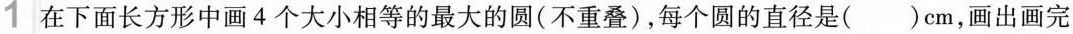
1 在下面长方形中画4个大小相等的最大的圆(不重叠)，每个圆的直径是（）cm，画出画完